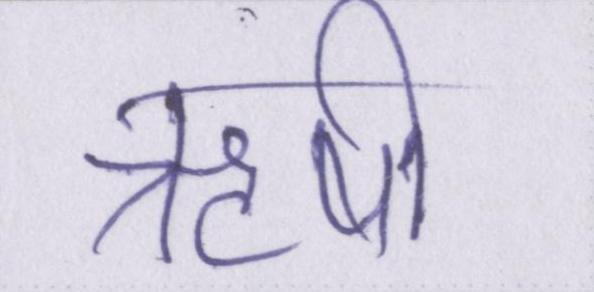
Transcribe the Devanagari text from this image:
ऋषी